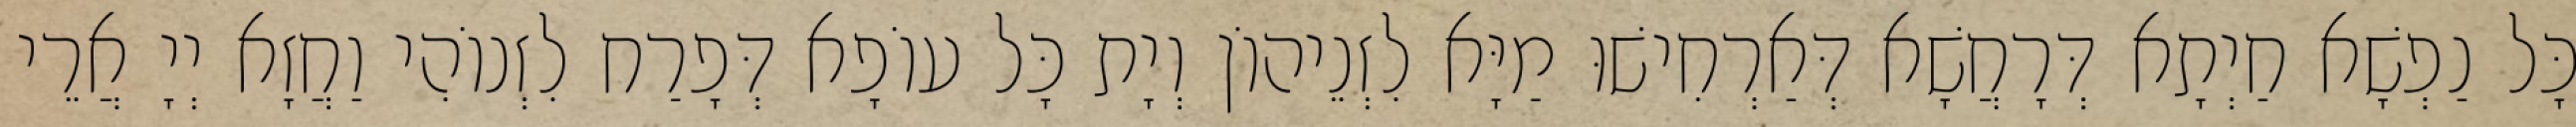
כָּל נַפְשָׁא חַיְתָא דְּרָחֲשָׁא דְּאַרְחִישׁוּ מַיָּא לִזְנֵיהוֹן וְיָת כָּל עוֹפָא דְּפָרַח לִזְנוֹהִי וַחֲזָא יְיָ אֲרֵי